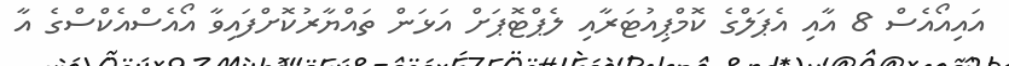
އައިއޯއެސް 8 އާއި އެޕަލްގެ ކޮމްޕިއުޓަރާއި ލެޕްޓޮޕަށް އަޅަން ތައްޔާރުކޮށްފައިވާ އޯއެސްއެކްސްގެ އާ